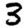
Digit: 3